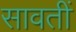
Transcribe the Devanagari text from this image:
सावतीं